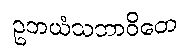
ဥဘယံသဘာဝိတေ